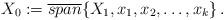
LaTeX: \begin{align*}X_0:= \overline{span} \{ X_1, x_1, x_2, \dots, x_k \} \, .\end{align*}